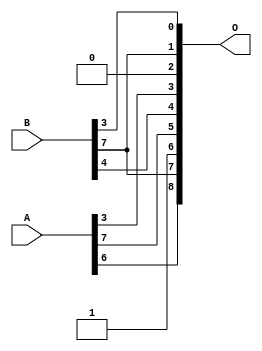
/***
* This code is a part of EvoApproxLib library (ehw.fit.vutbr.cz/approxlib) distributed under The MIT License.
* When used, please cite the following article(s): V. Mrazek, L. Sekanina, Z. Vasicek "Libraries of Approximate Circuits: Automated Design and Application in CNN Accelerators" IEEE Journal on Emerging and Selected Topics in Circuits and Systems, Vol 10, No 4, 2020 
* This file contains a circuit from a sub-set of pareto optimal circuits with respect to the pwr and ep parameters
***/
// MAE% = 19.67 %
// MAE = 101 
// WCE% = 50.39 %
// WCE = 258 
// WCRE% = 6300.00 %
// EP% = 99.77 %
// MRE% = 49.16 %
// MSE = 14074 
// PDK45_PWR = 0.000 mW
// PDK45_AREA = 0.0 um2
// PDK45_DELAY = 0.00 ns


module add8u_88L(A, B, O);
  input [7:0] A, B;
  output [8:0] O;
  assign O[2] = 1'b0;
  assign O[6] = 1'b1;
  assign O[7] = B[7];
  assign O[0] = B[3];
  assign O[1] = B[7];
  assign O[3] = A[3];
  assign O[4] = B[4];
  assign O[5] = A[7];
  assign O[8] = A[6];
endmodule